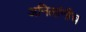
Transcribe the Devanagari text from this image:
अनिलांनीच